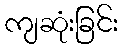
ကျဆုံးခြင်း